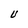
Character: U